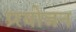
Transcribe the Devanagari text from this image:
प्र्रयोजन